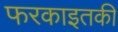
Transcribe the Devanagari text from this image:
फरकाइतकी